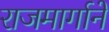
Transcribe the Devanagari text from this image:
राजमार्गानें